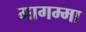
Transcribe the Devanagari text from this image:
मागम्मा